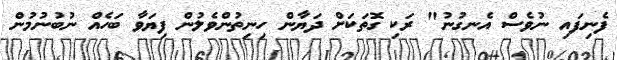
ފެނިފައި ނުވެސް އެނގުނު" ރަކި ގޮތަކަށް ދަޔާން ހިނިތުންވެލުން ފިޔަވާ ބަހެއް ނުބުނުމުން